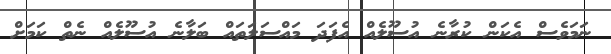
ނަމަވެސް އެކަން ކުރާނެ އުސޫލެއް އެފަދަ މައްސަލަތައް ބަލާނެ އުސޫލެއް ނެތް ކަމަށް